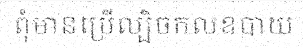
ពុំមានប្រើល្បិចកលឧបាយ